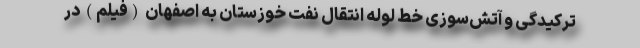
ترکیدگی و آتش‌سوزی خط لوله انتقال نفت خوزستان به اصفهان (فیلم) در